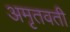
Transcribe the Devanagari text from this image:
अमृतवती